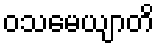
ဝသမေယျာတိ